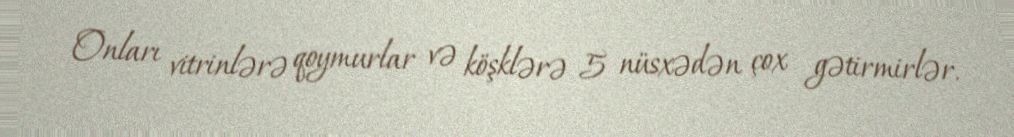
Onları vitrinlərə qoymurlar və köşklərə 5 nüsxədən çox gətirmirlər.